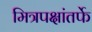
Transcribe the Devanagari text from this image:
मित्रपक्षांतर्फे